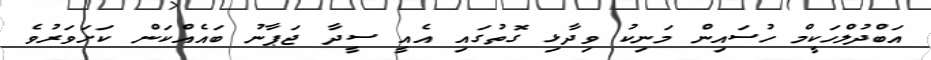
އަބްދުލްހަކީމް ހުސައިން މަނިކު ވިދާޅި ގޮތުގައި އެއީ ސީދާ ޖަޕާނު ބައެއްކަން ކަށަވަރުވެ